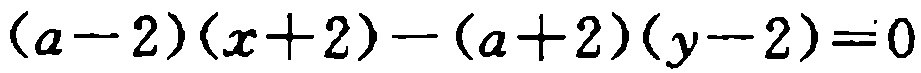
\((a - 2)(x + 2) - (a + 2)(y - 2) = 0\)